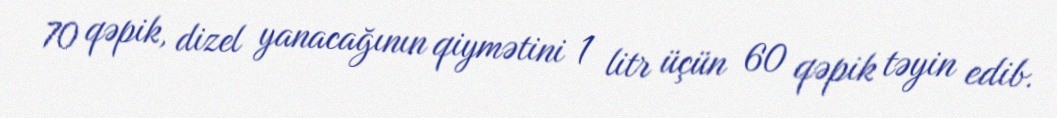
70 qəpik, dizel yanacağının qiymətini 1 litr üçün 60 qəpik təyin edib.